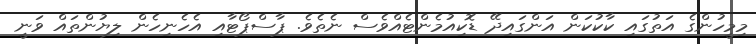
މިމީހުންގެ އަތުގައި ކާކުކަން އަންގައިދޭ ޑޮކިއުމެންޓެއްވެސް ނެތެވެ. ޕާސްޕޯޓާއި އެހެނިހެން ލިޔުންތައް ވަނީ